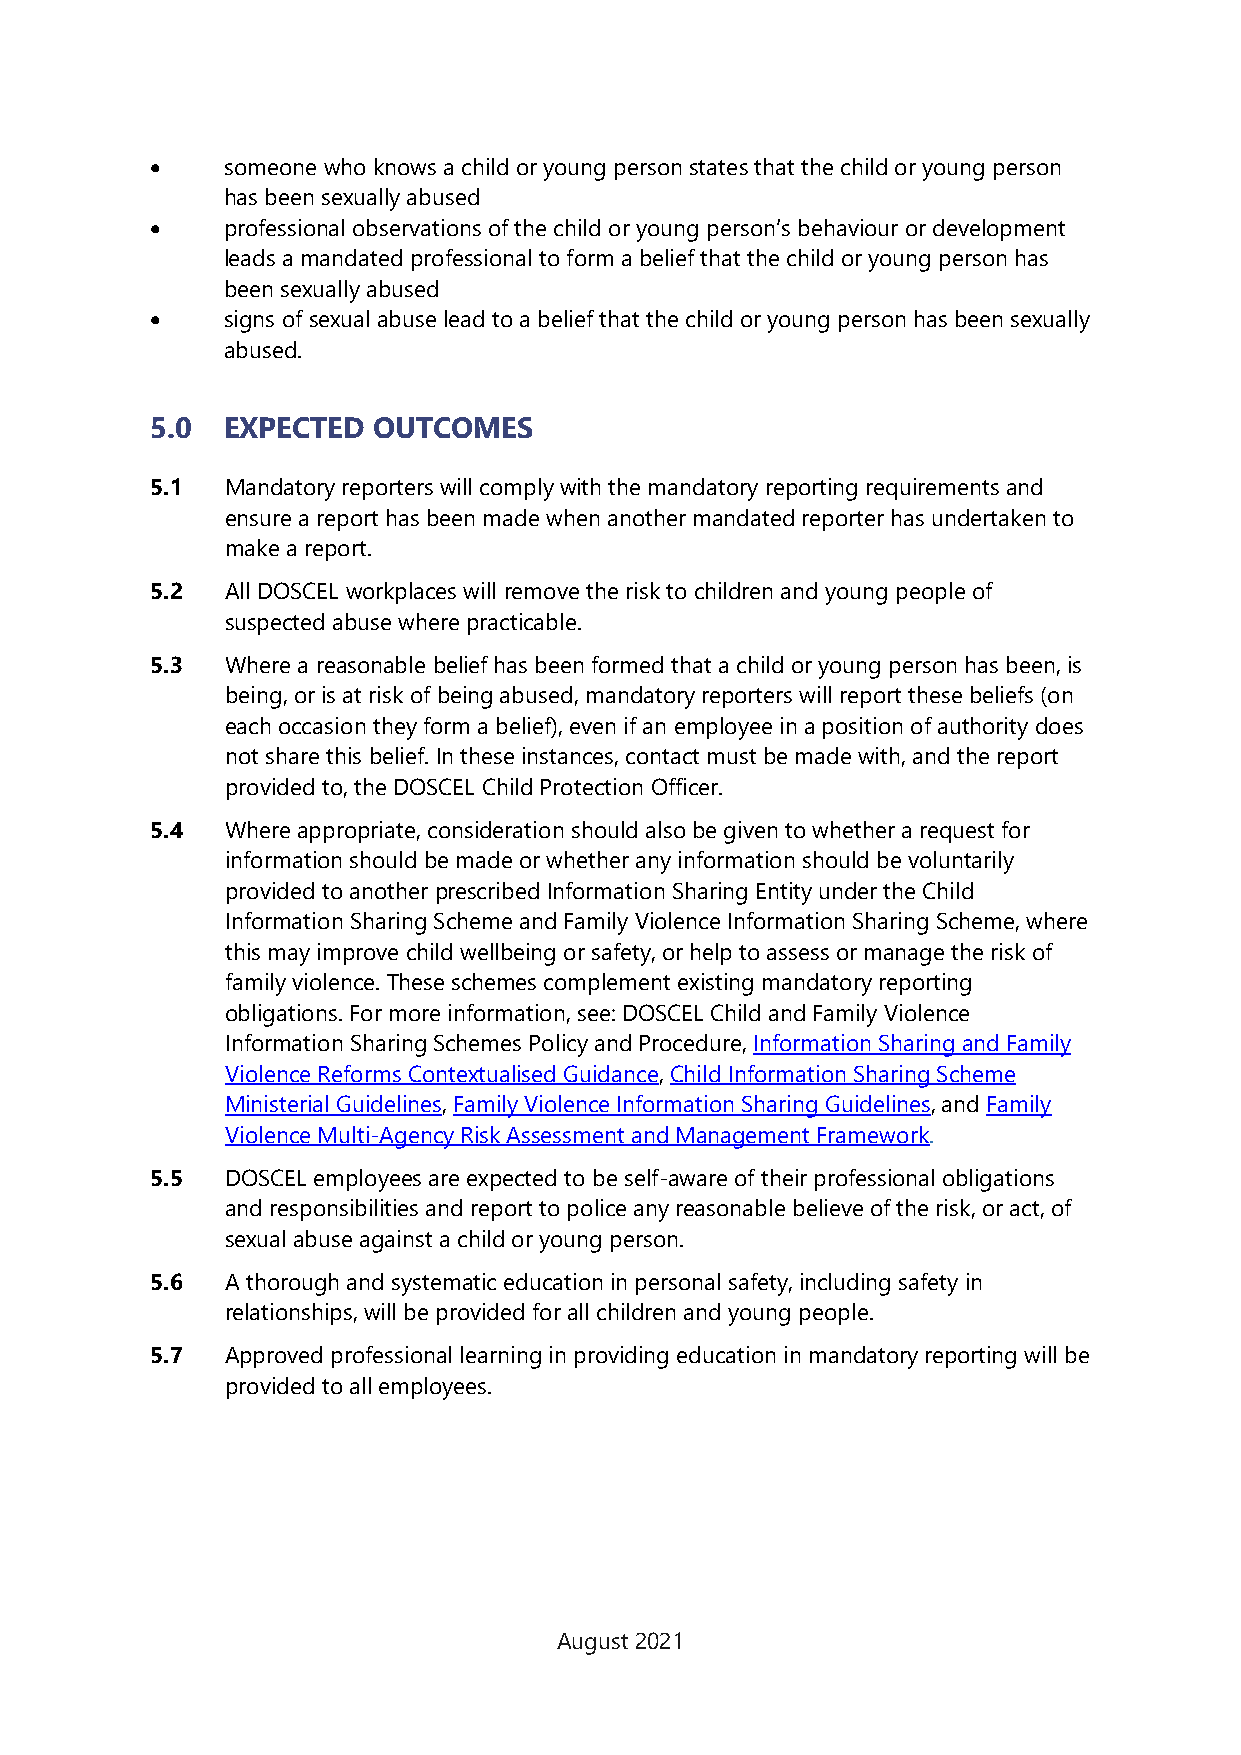
•    someone who knows a child or young person states that the child or young person
 has been sexually abused
 •    professional observations of the child or young person’s behaviour or development
 leads a mandated professional to form a belief that the child or young person has
 been sexually abused
 •    signs of sexual abuse lead to a belief that the child or young person has been sexually
 abused.
 5.0  EXPECTED  OUTCOMES
 5.1  Mandatory reporters will comply with the mandatory reporting requirements and
 ensure a report has been made when another mandated reporter has undertaken to
 make a report.
 5.2  All DOSCEL workplaces will remove the risk to children and young people of
 suspected abuse where practicable.
 5.3  Where a reasonable belief has been formed that a child or young person has been, is
 being, or is at risk of being abused, mandatory reporters will report these beliefs (on
 each occasion they form a belief), even if an employee in a position of authority does
 not share this belief. In these instances, contact must be made with, and the report
 provided to, the DOSCEL Child Protection Officer.
 5.4  Where appropriate, consideration should also be given to whether a request for
 information should be made or whether any information should be voluntarily
 provided to another prescribed Information Sharing Entity under the Child
 Information Sharing Scheme and Family Violence Information Sharing Scheme, where
 this may improve child wellbeing or safety, or help to assess or manage the risk of
 family violence. These schemes complement existing mandatory reporting
 obligations. For more information, see: DOSCEL Child and Family Violence
 Information Sharing Schemes Policy and Procedure, Information Sharing and Family
 Violence Reforms Contextualised Guidance, Child Information Sharing Scheme
 Ministerial Guidelines, Family Violence Information Sharing Guidelines, and Family
 Violence Multi-Agency Risk Assessment and Management Framework.
 5.5  DOSCEL employees are expected to be self-aware of their professional obligations
 and responsibilities and report to police any reasonable believe of the risk, or act, of
 sexual abuse against a child or young person.
 5.6  A thorough and systematic education in personal safety, including safety in
 relationships, will be provided for all children and young people.
 5.7  Approved professional learning in providing education in mandatory reporting will be
 provided to all employees.
 August 2021